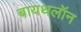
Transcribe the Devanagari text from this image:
बायथलॉन